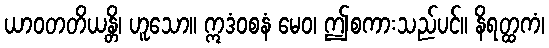
ယာဝတတိယန္တိ၊ ဟူသော။ ဣဒံဝစနံ မေဝ၊ ဤစကားသည်ပင်။ နိရတ္ထကံ၊